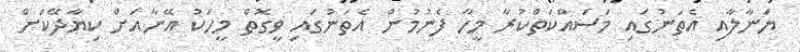
ޔަނާލާއި އެތަނުގައި މަސައްކަތްކުރާ މީހާ ފެނުމުން އެތަނުގައި ވީގޮތް މީހަކު އޭނާއަށް ކިޔާދޭކަށް